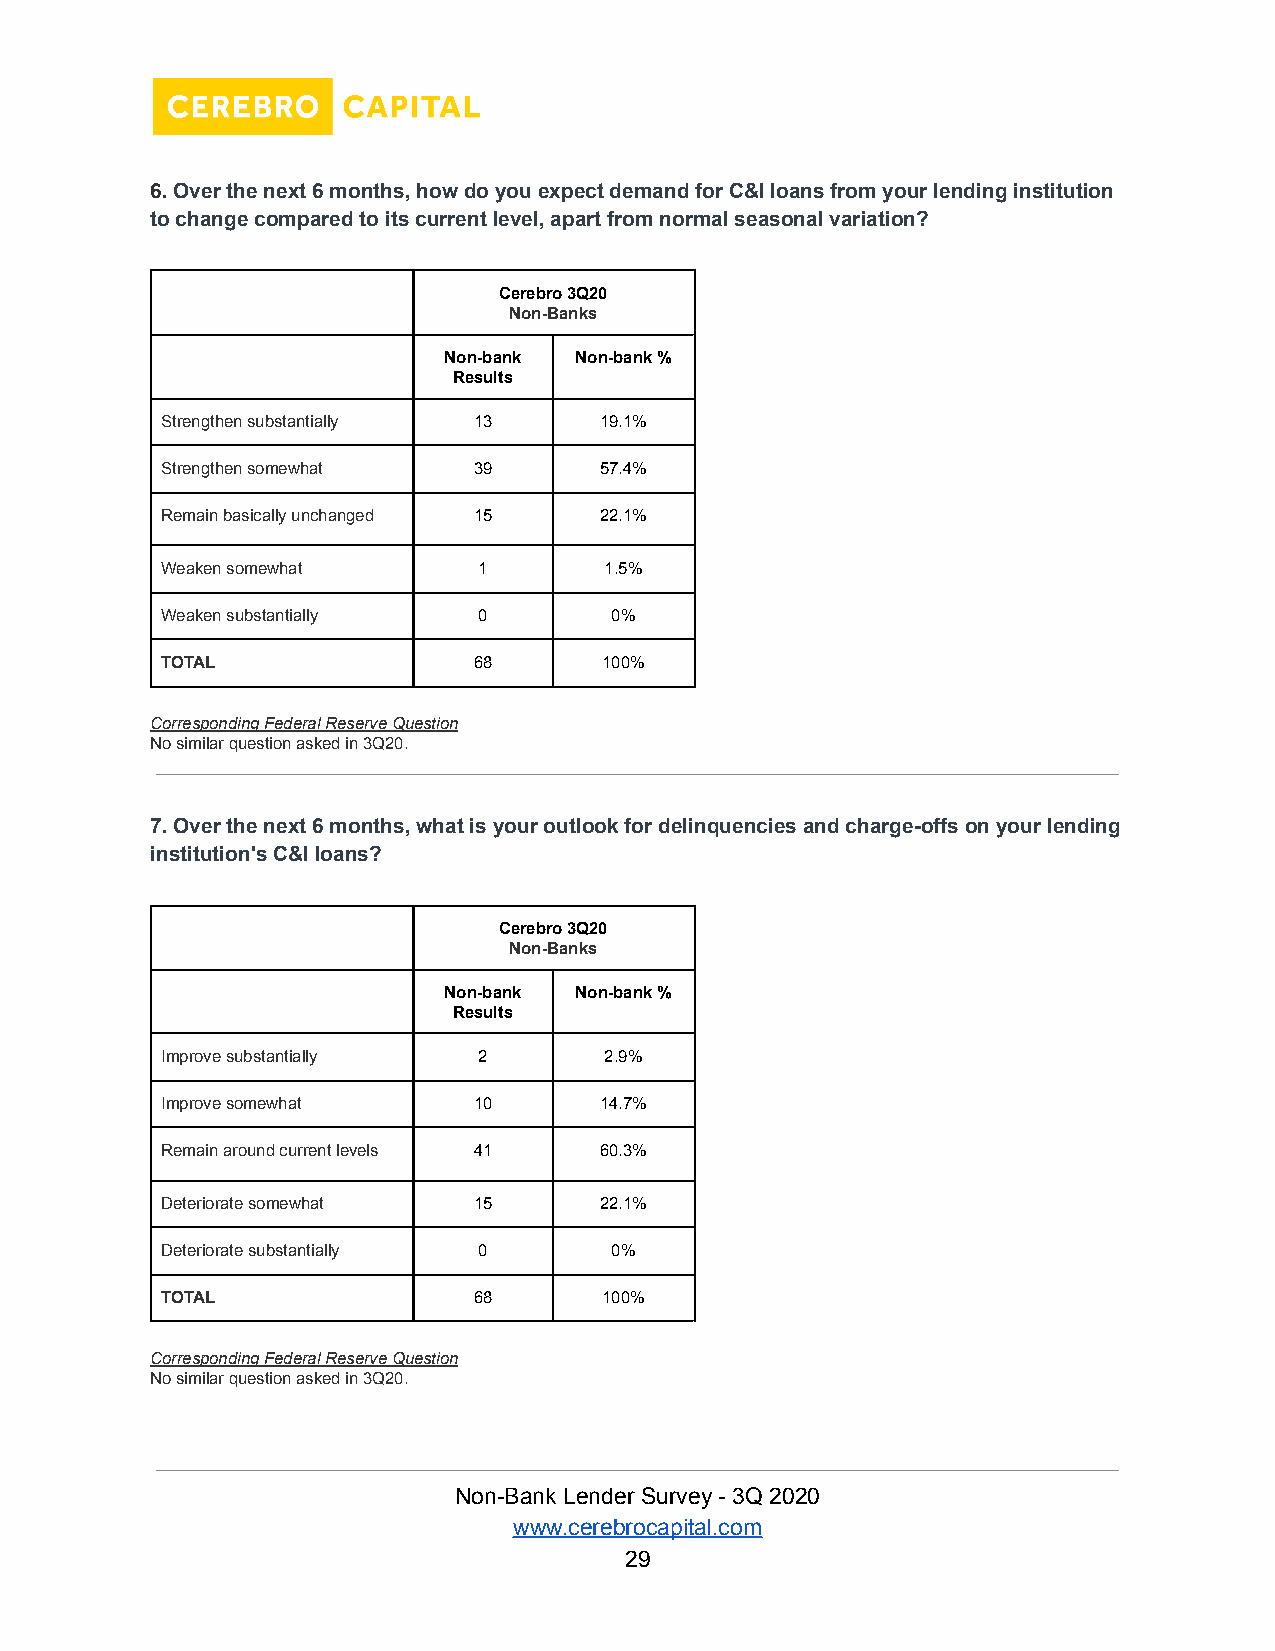
6.Over the next 6 months, how do you expect demandfor C&I loans from your lending institution
 to change compared to its current level, apart from normal seasonal variation?
 Cerebro 3Q20
 Non-Banks
 Non-bank Non-bank %
 Results
 Strengthen substantially 13  19.1%
 Strengthen somewhat 39       57.4%
 Remain basically unchanged 15 22.1%
 Weaken somewhat      1       1.5%
 Weaken substantially 0       0%
 TOTAL               68       100%
 Corresponding Federal Reserve Question
 No similar question asked in 3Q20.
 7. Over the next 6 months, what is your outlook for delinquencies and charge-offs on your lending
 institution's C&I loans?
 Cerebro 3Q20
 Non-Banks
 Non-bank Non-bank %
 Results
 Improve substantially 2      2.9%
 Improve somewhat    10       14.7%
 Remain around current levels 41 60.3%
 Deteriorate somewhat 15      22.1%
 Deteriorate substantially 0  0%
 TOTAL               68       100%
 Corresponding Federal Reserve Question
 No similar question asked in 3Q20.
 Non-Bank Lender Survey - 3Q 2020
 www.cerebrocapital.com
 29